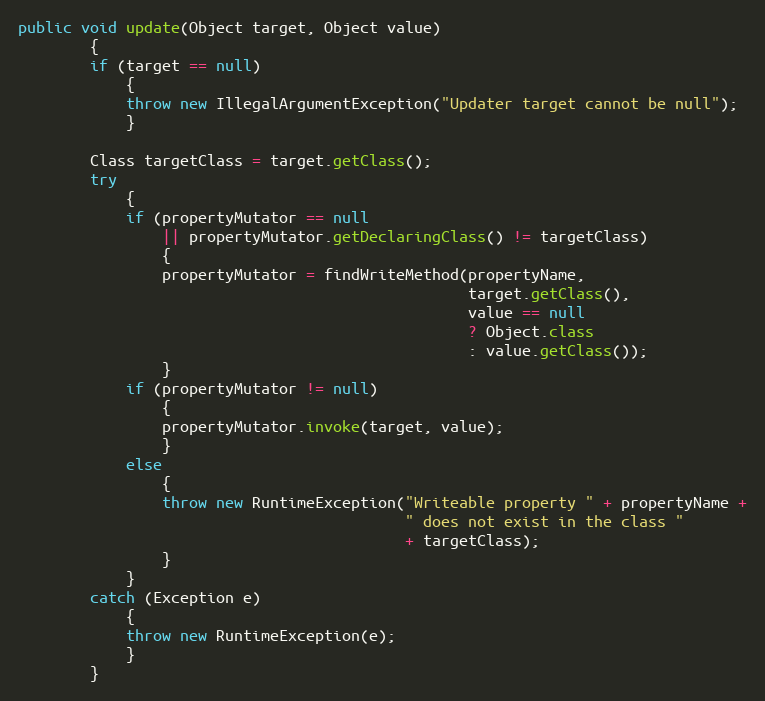
Language: Java
public void update(Object target, Object value)
        {
        if (target == null)
            {
            throw new IllegalArgumentException("Updater target cannot be null");
            }

        Class targetClass = target.getClass();
        try
            {
            if (propertyMutator == null
                || propertyMutator.getDeclaringClass() != targetClass)
                {
                propertyMutator = findWriteMethod(propertyName,
                                                  target.getClass(),
                                                  value == null
                                                  ? Object.class
                                                  : value.getClass());
                }
            if (propertyMutator != null)
                {
                propertyMutator.invoke(target, value);
                }
            else
                {
                throw new RuntimeException("Writeable property " + propertyName +
                                           " does not exist in the class "
                                           + targetClass);
                }
            }
        catch (Exception e)
            {
            throw new RuntimeException(e);
            }
        }